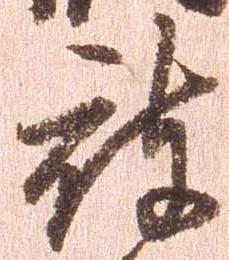
被